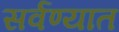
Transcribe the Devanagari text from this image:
सर्वण्यात